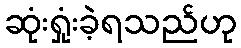
ဆုံးရှုံးခဲ့ရသည်ဟု